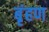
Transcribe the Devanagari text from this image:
बृंहण